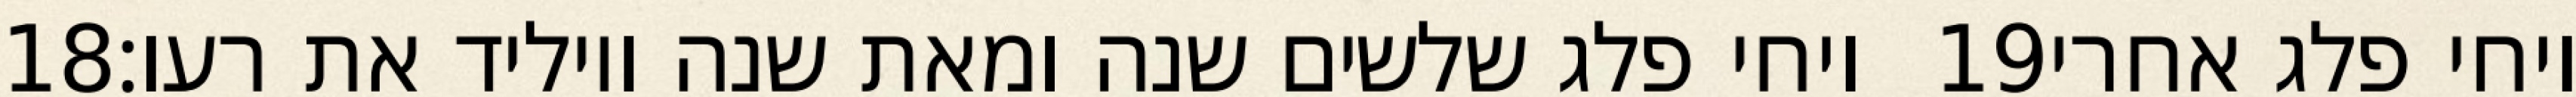
‎18‏ ויחי פלג שלשים שנה ומאת שנה ויוליד את רעו׃ ‎19‏ ויחי פלג אחרי